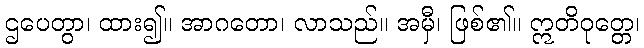
ဌပေတွာ၊ ထား၍။ အာဂတော၊ လာသည်။ အမှီ၊ ဖြစ်၏။ ဣတိဝုတ္တေ၊